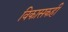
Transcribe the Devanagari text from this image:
विकासकही